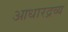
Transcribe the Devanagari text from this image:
आधारद्रव्य